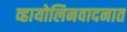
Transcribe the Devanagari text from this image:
व्हायोलिनवादनात